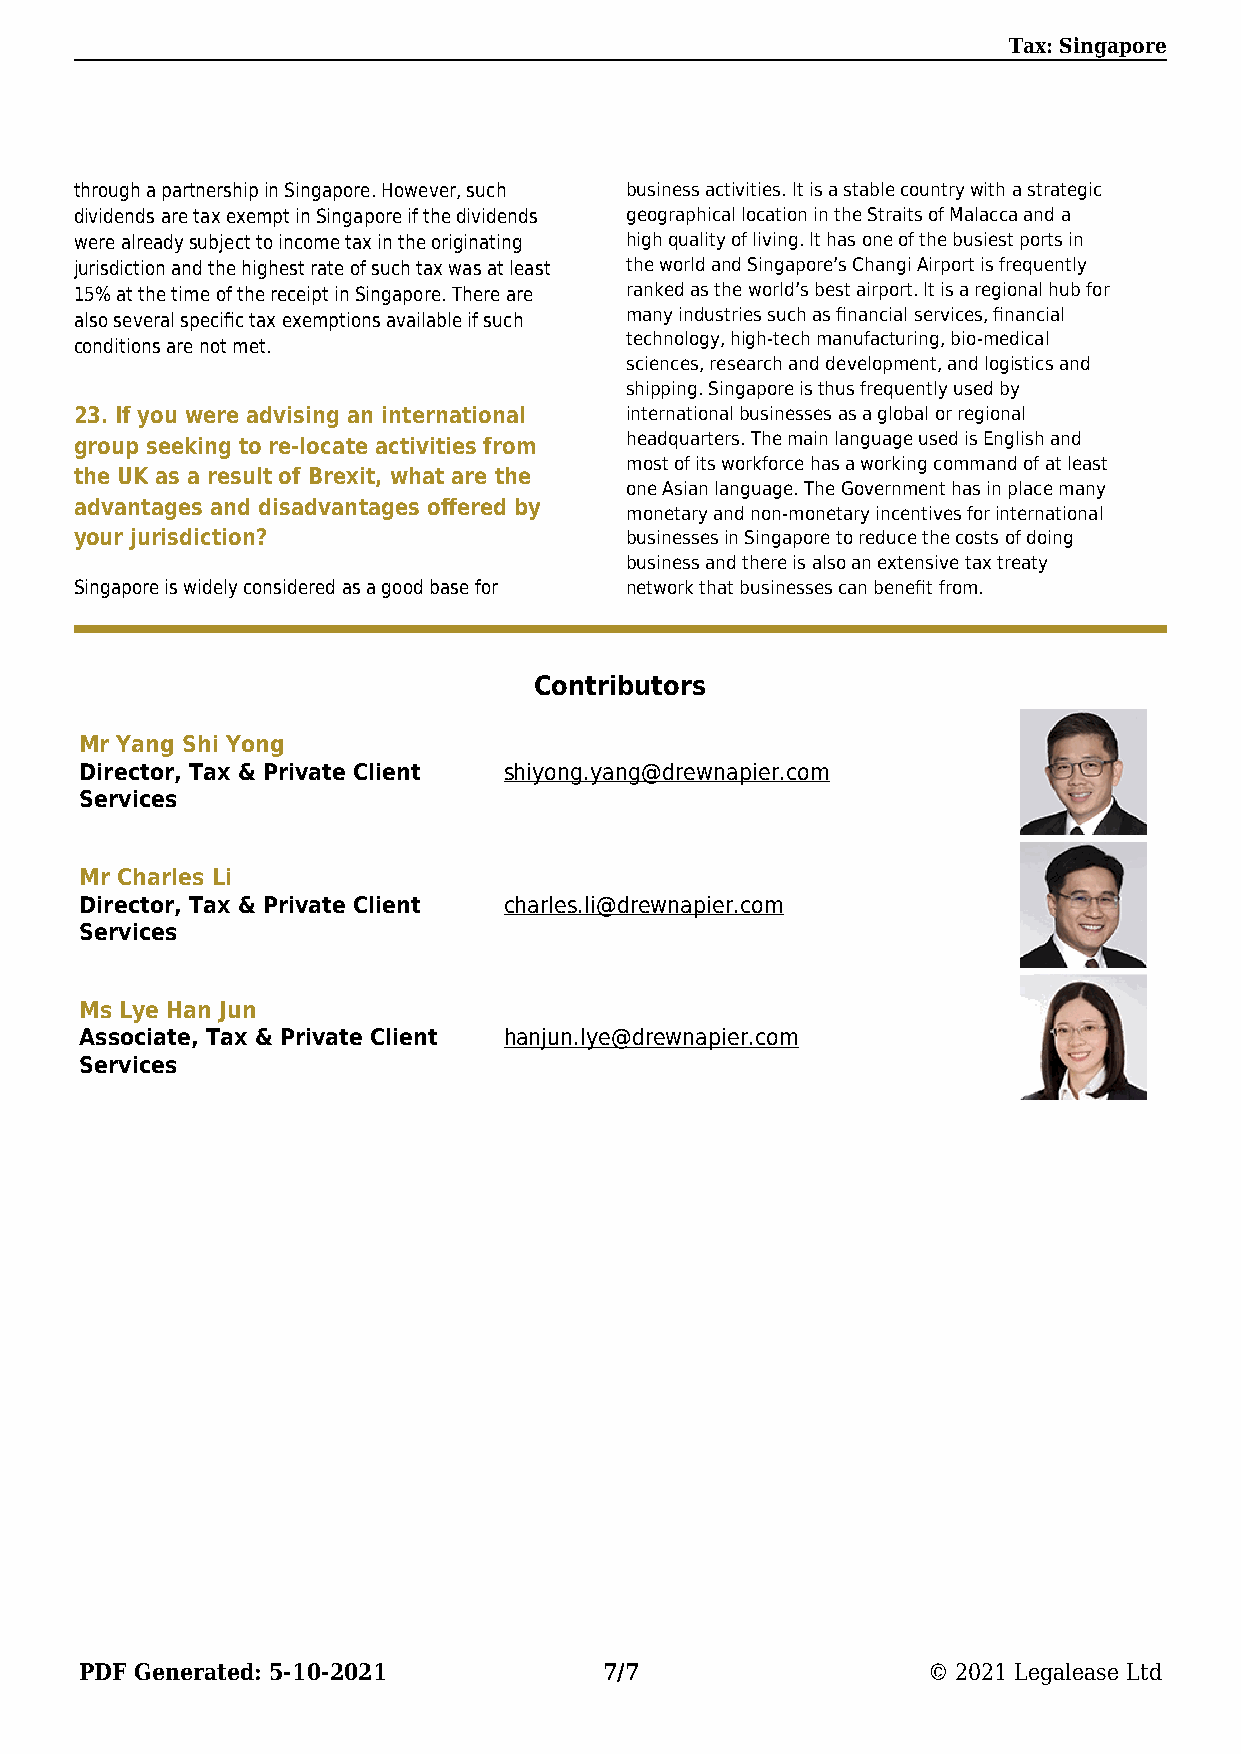
Tax: Singapore
 through a partnership in Singapore. However, such business activities. It is a stable country with a strategic
 dividends are tax exempt in Singapore if the dividends geographical location in the Straits of Malacca and a
 were already subject to income tax in the originating high quality of living. It has one of the busiest ports in
 jurisdiction and the highest rate of such tax was at least the world and Singapore’s Changi Airport is frequently
 15% at the time of the receipt in Singapore. There are ranked as the world’s best airport. It is a regional hub for
 also several specific tax exemptions available if such many industries such as financial services, financial
 technology, high-tech manufacturing, bio-medical
 conditions are not met.
 sciences, research and development, and logistics and
 shipping. Singapore is thus frequently used by
 23. If you were advising an international international businesses as a global or regional
 group seeking to re-locate activities from headquarters. The main language used is English and
 most of its workforce has a working command of at least
 the UK as a result of Brexit, what are the
 one Asian language. The Government has in place many
 advantages and disadvantages offered by
 monetary and non-monetary incentives for international
 your jurisdiction?                  businesses in Singapore to reduce the costs of doing
 business and there is also an extensive tax treaty
 Singapore is widely considered as a good base for network that businesses can benefit from.
 Contributors
 Mr Yang Shi Yong
 Director, Tax & Private Client shiyong.yang@drewnapier.com
 Services
 Mr Charles Li
 Director, Tax & Private Client charles.li@drewnapier.com
 Services
 Ms Lye Han Jun
 Associate, Tax & Private Client hanjun.lye@drewnapier.com
 Services
 PDF Generated: 5-10-2021           7/7                  © 2021 Legalease Ltd